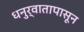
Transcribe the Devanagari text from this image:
धनुर्वातापासून